Vaccination North-Western Provinces and Oudh 1878-1895 - 1878-1895
Year: 1878
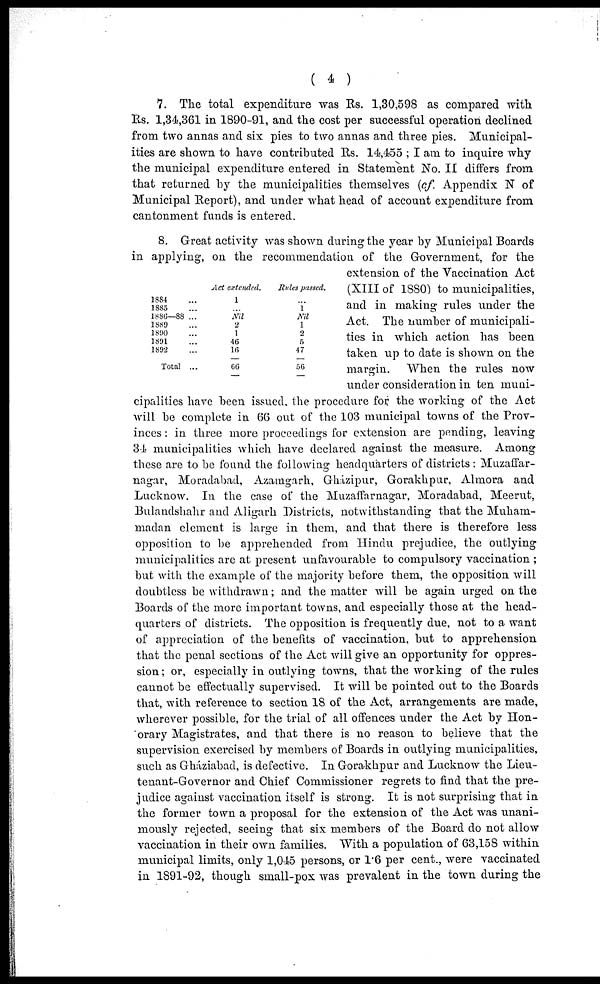
( 4 )
7. The total expenditure was Rs. 1,30,598 as compared with
Rs. 1,34,361 in 1890-91, and the cost per successful operation declined
from two annas and six pies to two annas and three pies. Municipal-
ities are shown to have contributed Rs. 14,455 ; I am to inquire why
the municipal expenditure entered in Statement No. II differs from
that returned by the municipalities themselves (cƒ. Appendix N of
Municipal Report), and under what head of account expenditure from
cantonment funds is entered.
1884 ...
1885 ...
1886—88 ...
1889 ...
1890 ...
1891 ...
1892 ...
Total ...
Act extended.
1
...
...
2
1
46
16
66
Rules passed.
...
1
Nil
1
2
5
47
56
8. Great activity was shown during the year by Municipal Boards
in applying, on the recommendation of the Government, for the
extension of the Vaccination Act
(XIII of 1880) to municipalities,
and in making rules under the
Act. The number of municipali-
ties in which action has been
taken up to date is shown on the
margin. When the rules now
under consideration in ten muni-
cipalities have been issued, the procedure for the working of the Act
will be complete in 66 out of the 103 municipal towns of the Prov-
inces : in three more proceedings for extension are pending, leaving
34 municipalities which have declared against the measure. Among
these are to be found the following headquarters of districts: Muzaffar-
nagar, Moradabad, Azamgarh, Gkázipur, Gorakhpur, Almora and
Lucknow. In the case of the Muzaffarnagar, Moradabad, Meerut,
Bulandshahr and Aligarh Districts, notwithstanding that the Muham-
madan element is large in them, and that there is therefore less
opposition to be apprehended from Hindu prejudice, the outlying
municipalities are at present unfavourable to compulsory vaccination ;
but with the example of the majority before them, the opposition will
doubtless be withdrawn; and the matter will be again urged on the
Boards of the more important towns, and especially those at the head-
quarters of districts. The opposition is frequently due, not to a want
of appreciation of the benefits of vaccination, but to apprehension
that the penal sections of the Act will give an opportunity for oppres-
sion; or, especially in outlying towns, that the working of the rules
cannot be effectually supervised. It will be pointed out to the Boards
that, with reference to section 18 of the Act, arrangements are made,
wherever possible, for the trial of all offences under the Act by Hon-
orary Magistrates, and that there is no reason to believe that the
supervision exercised by members of Boards in outlying municipalities,
such as Gháziabad, is defective. In Gorakhpur and Lucknow the Lieu-
tenant-Governor and Chief Commissioner regrets to find that the pre-
judice against vaccination itself is strong. It is not surprising that in
the former town a proposal for the extension of the Act was unani-
mously rejected, seeing that six members of the Board do not allow
vaccination in their own families. With a population of 63,158 within
municipal limits, only 1,045 persons, or 1.6 per cent., were vaccinated
in 1891-92, though small-pox was prevalent in the town during the